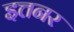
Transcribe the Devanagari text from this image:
इत्तनर